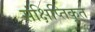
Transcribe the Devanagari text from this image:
संक्षिप्तिकृत